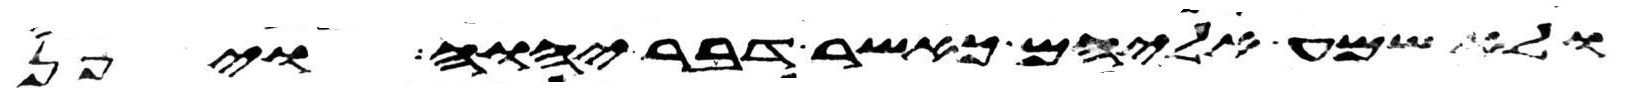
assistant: ולא שמע אליהם כאשר דבר יהוה ויפן